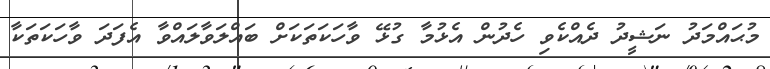
މުޙައްމަދު ނަޝީދު ދެއްކެވި ހެދުން އެޅުމާ ގުޅޭ ވާހަކަތަކަށް ބައްލަވާލައްވާ އެފަދަ ވާހަކަތަކާ